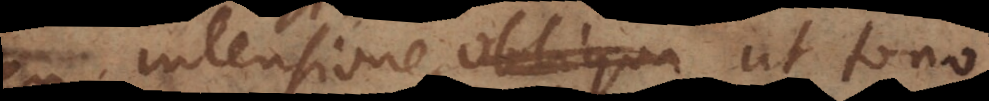
intensione, obliqu ut tono